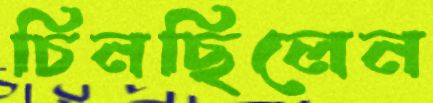
চিনছিলেন